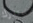
ستدرك